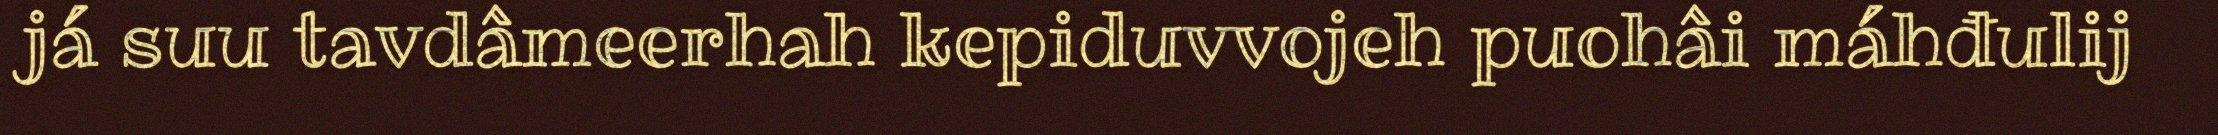
já suu tavdâmeerhah kepiduvvojeh puohâi máhđulij